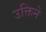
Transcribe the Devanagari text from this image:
उक्तिने